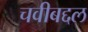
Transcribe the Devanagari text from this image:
चवीबद्दल